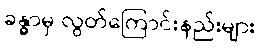
ခန္ဓာမှ လွတ်ကြောင်းနည်းများ